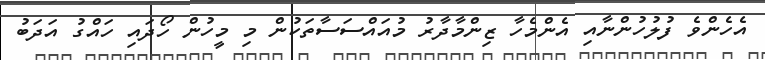
އެހެންވެ ފުލުހުންނާއި އެންމެހާ ޒިންމާދާރު މުއައްސަސާތަކުން މި މީހުން ހޯދައި ހައްގު އަދަބު